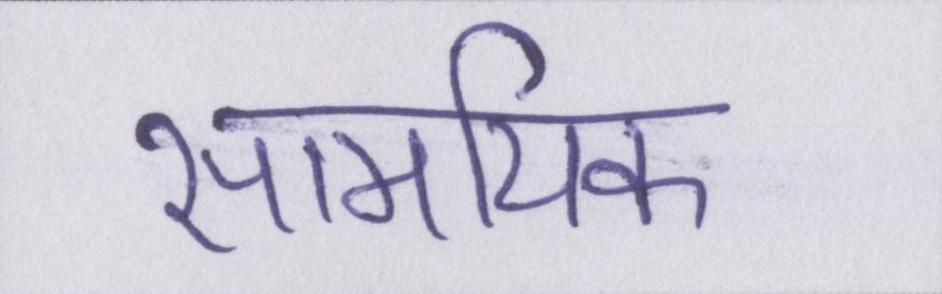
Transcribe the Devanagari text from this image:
सामयिक